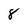
Character: 8